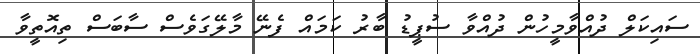
ސައިކަލް ދުއްވާމީހުން ދުއްވާ ސުޕީޑު ބާރު ކަމައް ފެނޭ މާލޭގަވެސް ސާބަސް ތިއޮތީވާ